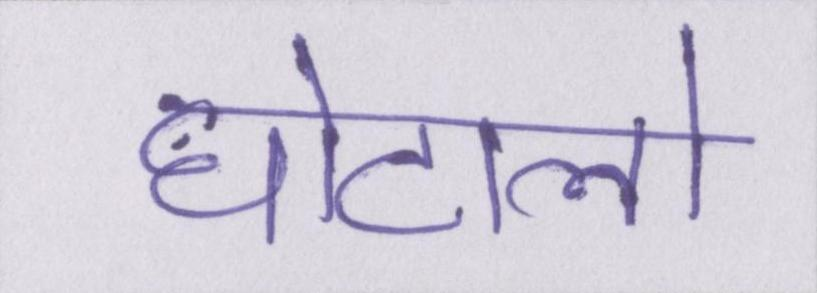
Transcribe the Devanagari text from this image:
घोटालो